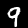
Digit: 9